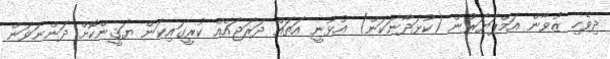
ދިވެހި ޒުވާން އަމްޕަޔަރުން (ކުޅަދާނަކަން) އުޅުނީ އަތައް ދަރަޖައެއް ކުރީގައިކަން ޔަޤީންކޮށް ދަންނަވަން